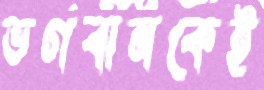
ভগবানকেই